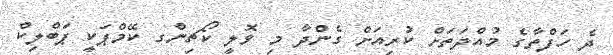
ދެ ހަފްތާގެ މުއްދަތަށް ކުރިއަށް ގެންދާ މި ވޮލީ ކޯޗިންގ ކޭމްޕަކީ ޕަބްލިކް